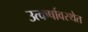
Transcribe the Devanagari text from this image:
उत्कर्षावस्थेत